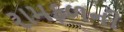
રામફળની